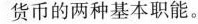
货币的两种基本职能。